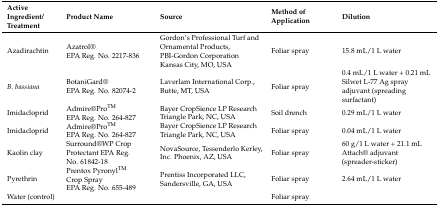
<table><thead><tr><td><b>Active Ingredient/Treatment</b></td><td><b>Product Name</b></td><td><b>Source</b></td><td><b>Method of Application</b></td><td><b>Dilution</b></td></tr></thead><tbody><tr><td>Azadirachtin</td><td>Azatrol®EPA Reg. No. 2217-836</td><td>Gordon’s Professional Turf and Ornamental Products, PBI-Gordon Corporation Kansas City, MO, USA</td><td>Foliar spray</td><td>15.8 mL/1 L water</td></tr><tr><td><i>B. bassiana</i></td><td>BotaniGard®EPA Reg. No. 82074-2</td><td>Laverlam International Corp., Butte, MT, USA</td><td>Foliar spray</td><td>0.4 mL/1 L water + 0.21 mL Silwet L-77 Ag spray adjuvant (spreading surfactant)</td></tr><tr><td>Imidacloprid</td><td>Admire® Pro<sup>TM</sup>EPA Reg. No. 264-827</td><td>Bayer CropSience LP Research Triangle Park, NC, USA</td><td>Soil drench</td><td>0.29 mL/1 L water</td></tr><tr><td>Imidacloprid</td><td>Admire® Pro<sup>TM</sup>EPA Reg. No. 264-827</td><td>Bayer CropSience LP Research Triangle Park, NC, USA</td><td>Foliar spray</td><td>0.04 mL/1 L water</td></tr><tr><td>Kaolin clay</td><td>Surround® WP Crop Protectant EPA Reg. No. 61842-18</td><td>NovaSource, Tessenderlo Kerley, Inc. Phoenix, AZ, USA</td><td>Foliar spray</td><td>60 g/1 L water + 21.1 mL Attach® adjuvant (spreader-sticker)</td></tr><tr><td>Pyrethrin</td><td>Prentox Pyronyl<sup>TM</sup> Crop SprayEPA Reg. No. 655-489</td><td>Prentiss Incorporated LLC, Sandersville, GA, USA</td><td>Foliar spray</td><td>2.64 mL/1 L water</td></tr><tr><td>Water (control)</td><td></td><td></td><td>Foliar spray</td><td></td></tr></tbody></table>